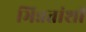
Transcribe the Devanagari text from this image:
भिन्नतांशी